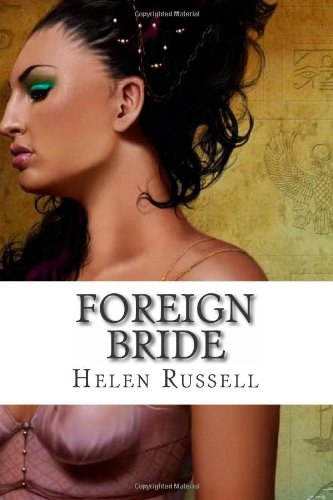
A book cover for Foreign Bride; Helen Russell; Romance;